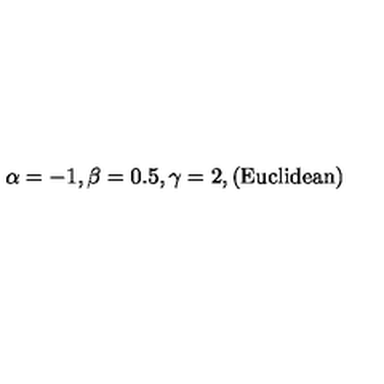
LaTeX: \alpha = - 1 , \beta = 0 . 5 , \gamma = 2 , ( \mathrm { E u c l i d e a n } )